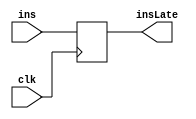
`timescale 1ns / 1ps
//////////////////////////////////////////////////////////////////////////////////
// Company: 
// Engineer: 
// 
// Design Name: 
// Module Name: inslate
// Project Name: 
// Target Devices: 
// Tool Versions: 
// Description: 
// 
// Dependencies: 
// 
// Revision:
// Revision 0.01 - File Created
// Additional Comments:
// 
//////////////////////////////////////////////////////////////////////////////////


module inslate(input [31:0] ins,            //
                input clk,  
                output reg [31:0] insLate);  

    always @(posedge clk) begin  
        insLate = ins;  
    end  
endmodule